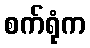
စက်ရုံက